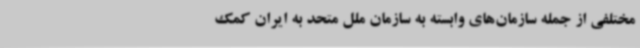
مختلفی از جمله سازمان‌های وابسته به سازمان ملل متحد به ایران کمک